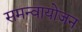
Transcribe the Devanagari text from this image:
समन्वायोजन